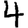
Digit: 4